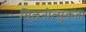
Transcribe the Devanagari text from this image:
मिलनोत्सुकता